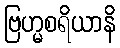
ဗြဟ္မစရိယာနိ